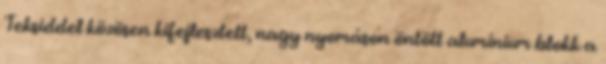
Teksiddel közösen kifejlesztett, nagy nyomáson öntött alumínium blokk a